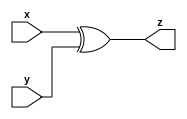
module xor_gate_n (x, y, z);
  parameter n=2;
  input [n-1:0] x;
  input [n-1:0] y;
  output [n-1:0] z;
  
  assign z = (x^y) ;
  
  
endmodule